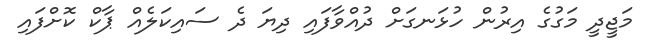
މަޖީދީ މަގުގެ އިރުން ހުޅަނގަށް ދުއްވާފައި ދިޔަ ދެ ސައިކަލެއް ޕާކް ކޮށްފައި